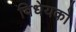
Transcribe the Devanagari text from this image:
विधेयको